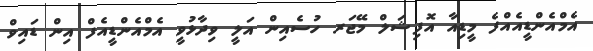
އެމްއެންޑީއެއްފެ މީޑިއާ އޮފިޝަލް މޭޖަރ ހުސެއިން އަލީ ވިދާޅުވީ އެމްއެންޑީއެފް އިން ޑައިވް